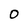
Character: O